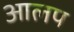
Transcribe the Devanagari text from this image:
आलप